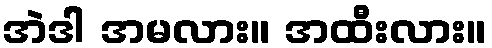
အဲဒါ အမလား။ အထီးလား။